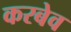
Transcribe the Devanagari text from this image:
करबेव